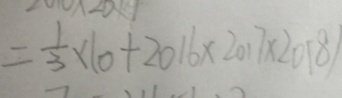
= \frac { 1 } { 3 } \times ( 0 + 2 0 1 6 \times 2 0 1 7 \times 2 0 1 8 )